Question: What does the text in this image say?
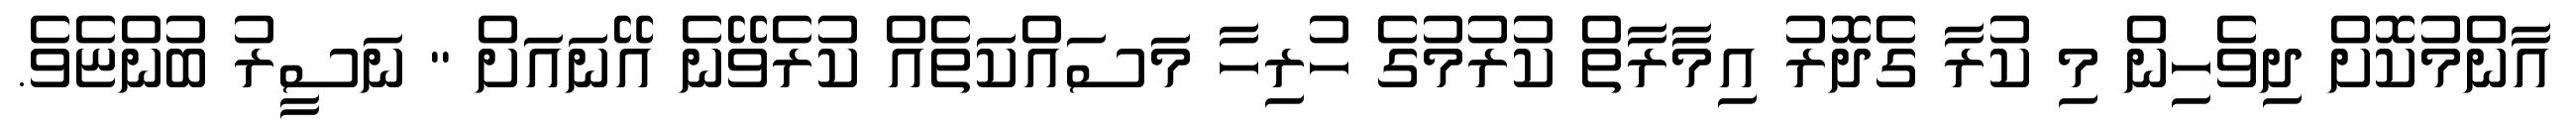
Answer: އާންމުކޮށް ދިވެހިން މި ކުރާ ގެދޮރު އިމާރާތް ކުރުމުގެ ހުރިހާ މަސައްކަތެއް ކުރެވޭނެ އޭނައަށް " ނަސީރު ބުންޏެވެ.